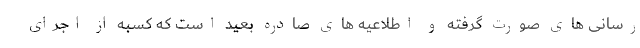
رسانی های صورت گرفته و اطلاعیه های صادره بعید است که کسبه از اجرای